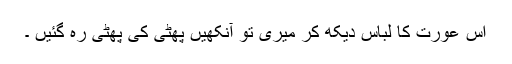
اس عورت کا لباس دیکھ کر میری تو آنکھیں پھٹی کی پھٹی رہ گئیں ۔